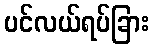
ပင်လယ်ရပ်ခြား